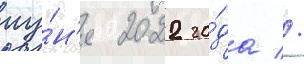
иу́н'я 2022 го́да //